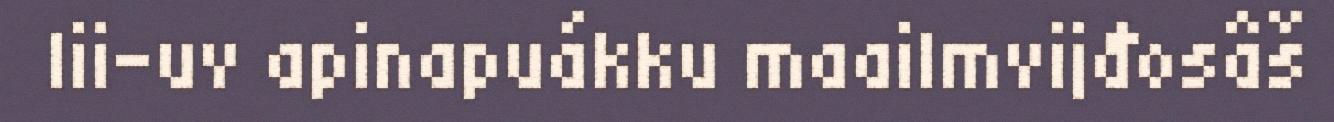
lii-uv apinapuákku maailmvijđosâš